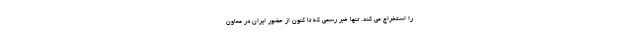
را استخراج می کند. تنها خبر رسمی که تا کنون از حضور ایران در معاون